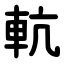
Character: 䡉